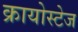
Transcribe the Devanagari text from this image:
क्रायोस्टेज